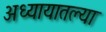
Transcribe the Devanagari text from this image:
अध्यायातल्या